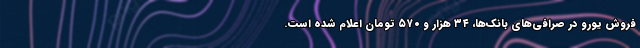
فروش یورو در صرافی‌های بانک‌ها، ۳۴ هزار و ۵۷۰ تومان اعلام شده است.